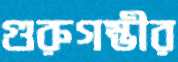
গুরুগম্ভীর